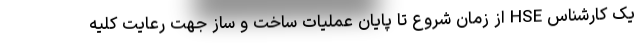
یک کارشناس HSE از زمان شروع تا پایان عملیات ساخت و ساز جهت رعایت کلیه